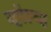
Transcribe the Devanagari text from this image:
व्हॉल्व्ह